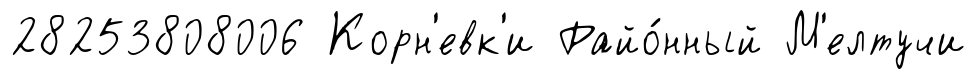
28253808006 Корн'евк'и Райо́нный М'елтучи